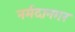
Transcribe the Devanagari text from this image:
नर्मदानगर